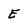
Character: E